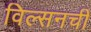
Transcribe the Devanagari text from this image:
विल्सनची